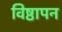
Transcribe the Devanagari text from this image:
विष्ठापन